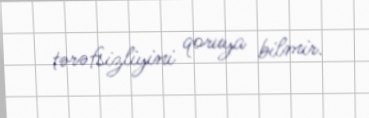
tərəfsizliyini qoruya bilmir.